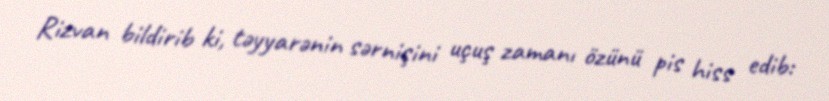
Rizvan bildirib ki, təyyarənin sərnişini uçuş zamanı özünü pis hiss edib: